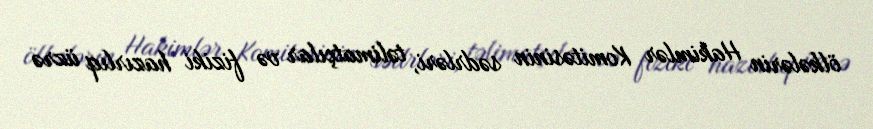
ölkələrin Hakimlər Komitəsinin sədrləri, təlimatçılar və fiziki hazırlıq üzrə